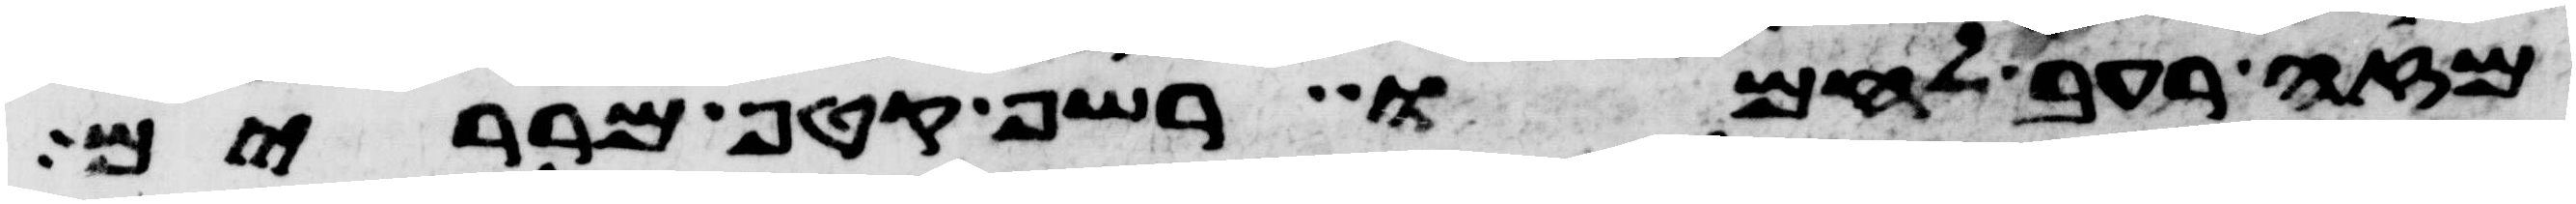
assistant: מזה רעב לחמו רשף קטף מררים